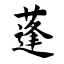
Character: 蓬